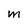
Character: M